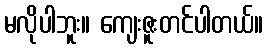
မလိုပါဘူး။ ကျေးဇူးတင်ပါတယ်။